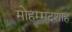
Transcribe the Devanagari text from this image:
मोहम्मदशाह